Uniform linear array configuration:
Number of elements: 12
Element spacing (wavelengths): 0.5
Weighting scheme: blackman
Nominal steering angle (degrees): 60
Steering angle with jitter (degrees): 60.167
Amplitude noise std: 0.05
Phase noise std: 0.05

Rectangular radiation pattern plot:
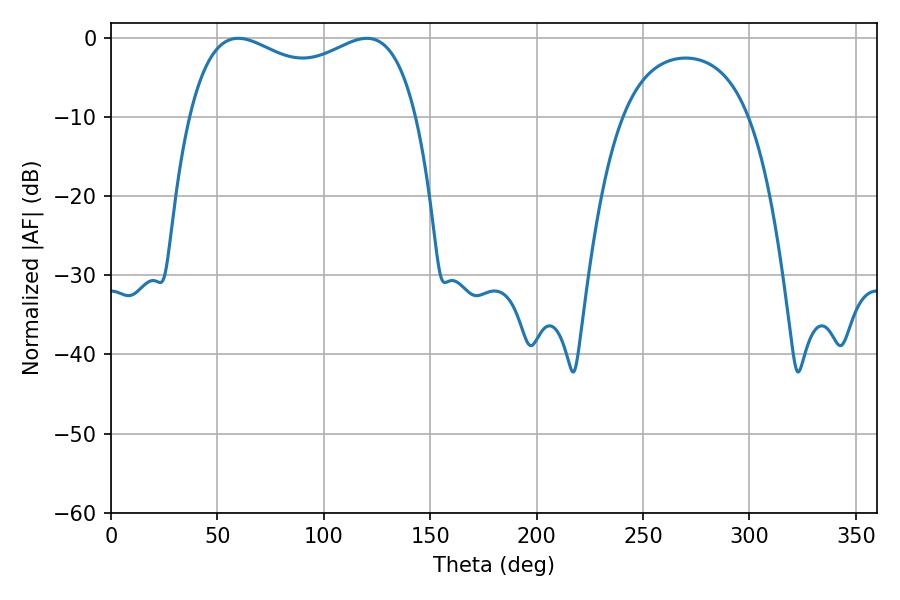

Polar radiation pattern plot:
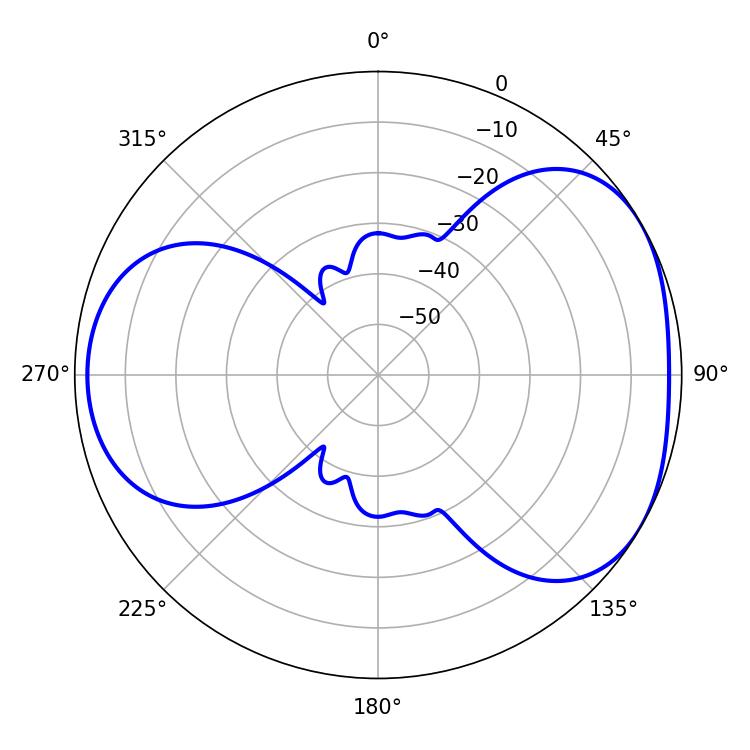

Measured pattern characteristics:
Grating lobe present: FALSE
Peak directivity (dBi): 4.279
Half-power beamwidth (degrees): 88.56
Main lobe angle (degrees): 59.76